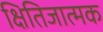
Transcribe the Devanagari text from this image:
क्षितिजात्मक